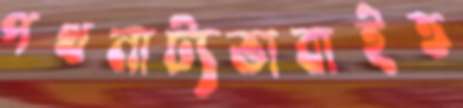
পথনাট্যভাবাইত